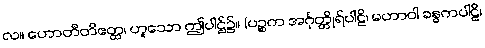
လ။ ဟောတီတိဧတ္ထ၊ ဟူသော ဤပါဌ်၌။ (ပဉ္စက အင်္ဂုတ္တိုရ်ပါဠိ၊ မဟာဝါ ခန္ဓကပါဠိ၊